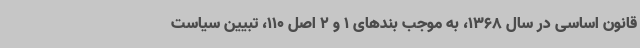
قانون اساسی در سال 1368، به موجب بندهای 1 و 2 اصل 110، تبیین سیاست